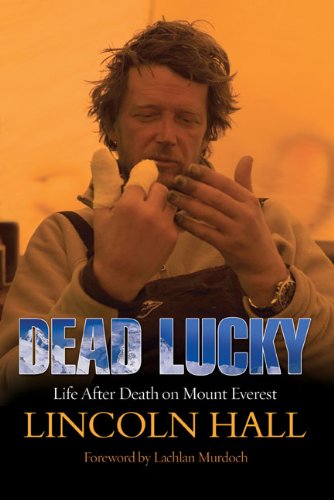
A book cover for Dead Lucky: Life After Death on Mount Everest; Lincoln Hall; Biographies & Memoirs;